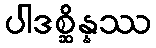
ပါဒစ္ဆိန္နဿ